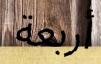
أربعة